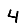
Digit: 4